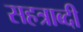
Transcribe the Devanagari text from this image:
सहत्राब्दी